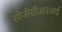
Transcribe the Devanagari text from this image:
सीजीसीआरआई